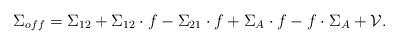
LaTeX: \begin{align*}\Sigma_{off} = \Sigma_{1 2} + \Sigma_{1 2} \cdot f - \Sigma_{2 1} \cdot f + \Sigma_A \cdot f - f \cdot \Sigma_A + {\cal V} . \end{align*}